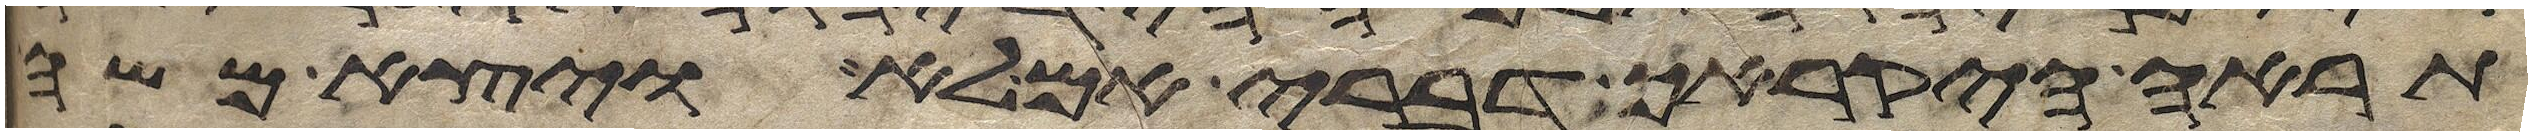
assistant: תראה היקרך דברי אם לא ויצא משה